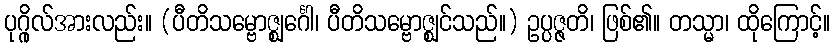
ပုဂ္ဂိုလ်အားလည်း။ (ပီတိသမ္ဗောဇ္ဈင်္ဂေါ၊ ပီတိသမ္ဗောဇ္ဈင်သည်။) ဥပ္ပဇ္ဇတိ၊ ဖြစ်၏။ တသ္မာ၊ ထိုကြောင့်။